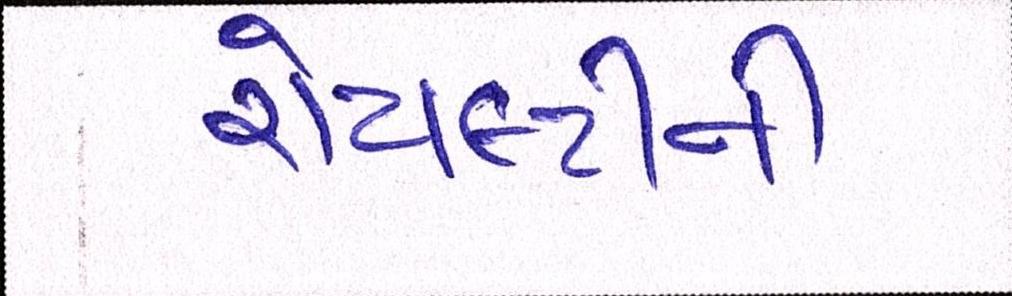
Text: રોયલ્ટીની